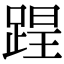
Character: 𨂈